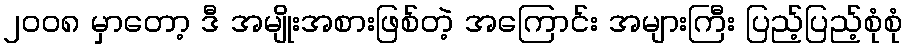
၂၀၀၈ မှာတော့ ဒီ အမျိုးအစားဖြစ်တဲ့ အကြောင်း အများကြီး ပြည့်ပြည့်စုံစုံ